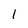
Character: 1